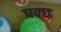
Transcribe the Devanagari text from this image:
पक्छ